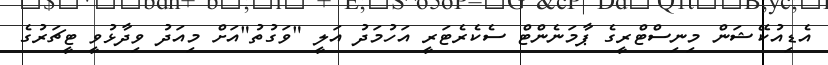
އެޑިއުކޭޝަން މިނިސްޓްރީގެ ޕާމަނެންޓް ސެކެރެޓަރީ އަހުމަދު އަލީ "ވަގުތު"އަށް މިއަދު ވިދާޅުވީ ޓީޗަރުގެ